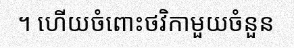
។ ហើយចំពោះថវិកាមួយចំនួន